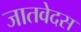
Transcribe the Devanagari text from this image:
जातवेदस